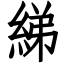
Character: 綈